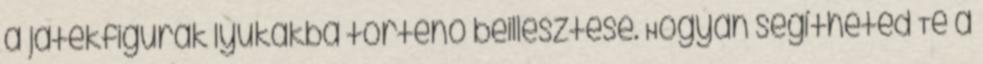
a játékfigurák lyukakba történő beillesztése. Hogyan segítheted Te a